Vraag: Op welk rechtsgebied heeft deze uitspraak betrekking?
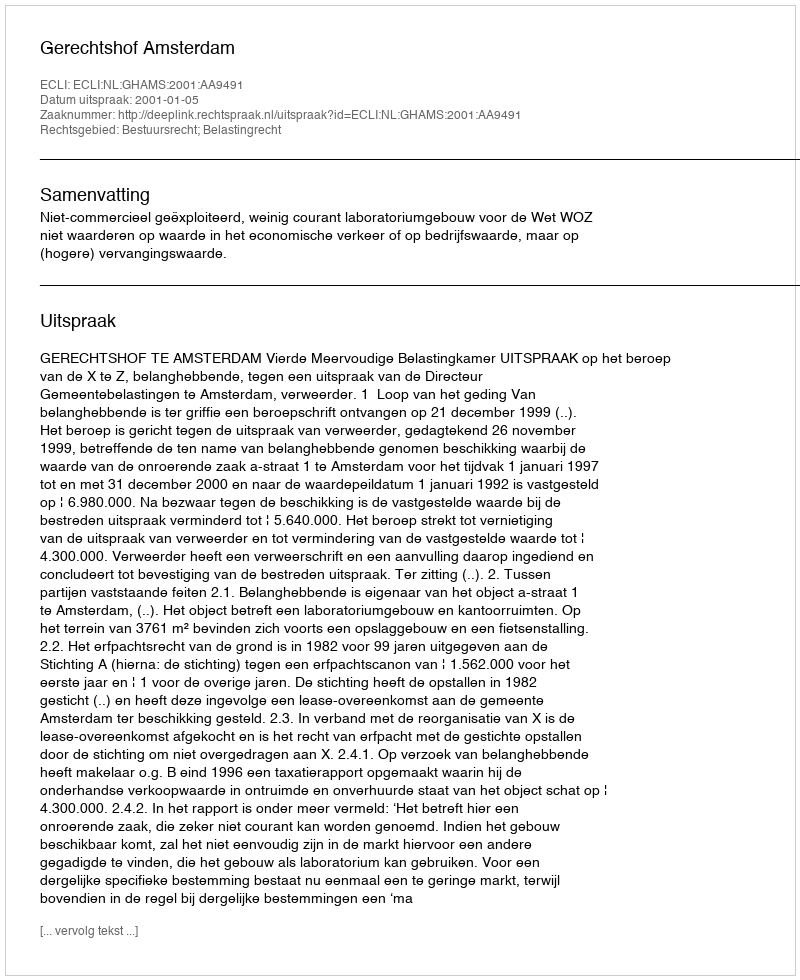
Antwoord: Bestuursrecht; Belastingrecht